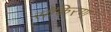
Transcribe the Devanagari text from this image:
संकिरण